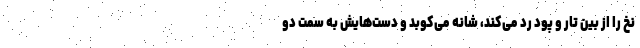
نخ را از بین تار و پود رد می‌کند، شانه می‌کوبد و دست‌هایش به سمت دو